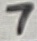
Text: 7